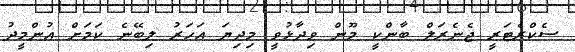
ސެކްރެޓަރީ ޖެނެރަލް ބާންކީ މޫން ވިދާޅުވީ މިދިޔަ އަހަރު ލިބޭނެ ކަމަށް އުންމީދު